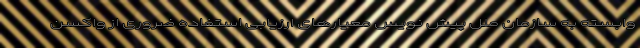
وابسته به سازمان ملل پیش نویس معیارهای ارزیابی استفاده ضروری از واکسن